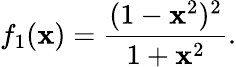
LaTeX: f_{1}(\mathbf{x})=\frac{{(1-\mathbf{x}^{2})^{2}}}{{1+\mathbf{x}^{2}}}.